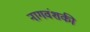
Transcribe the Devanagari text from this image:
नागवंशकी